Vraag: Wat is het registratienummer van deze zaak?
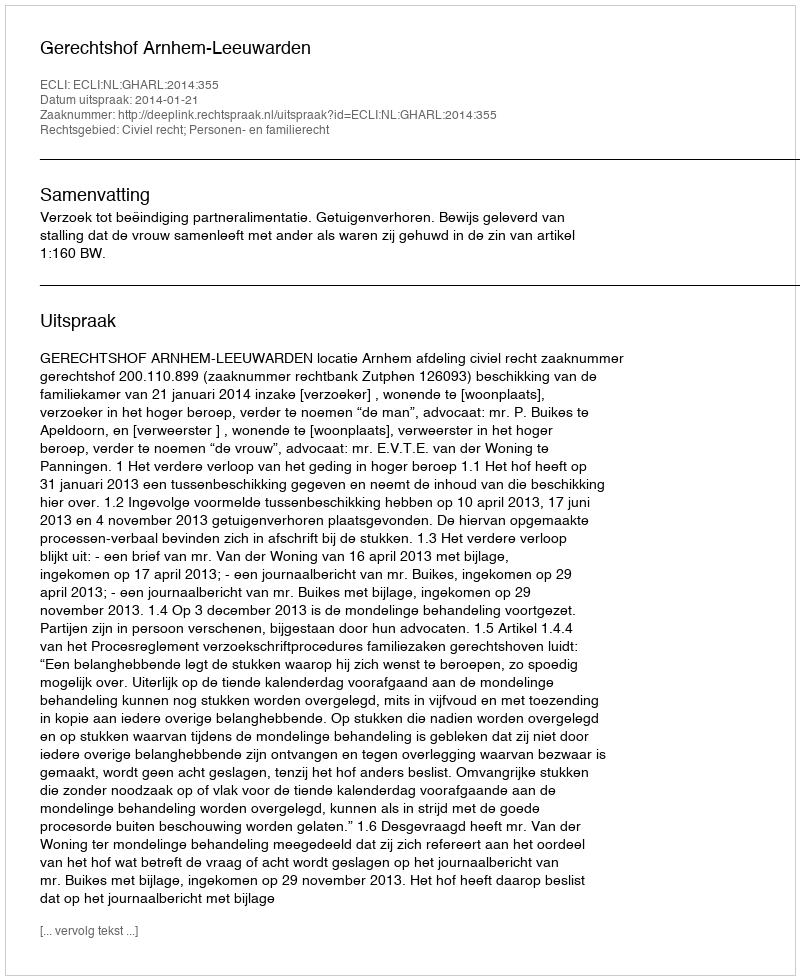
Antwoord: http://deeplink.rechtspraak.nl/uitspraak?id=ECLI:NL:GHARL:2014:355